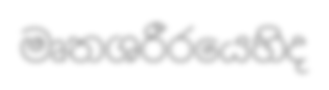
මෘතශරීරයෙහිද